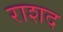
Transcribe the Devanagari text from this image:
राशद